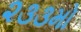
૨૩૩મો